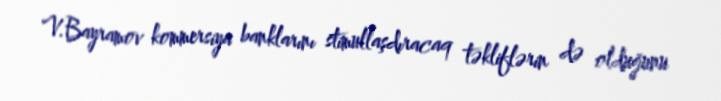
V.Bayramov kommersiya banklarını stimullaşdıracaq təkliflərin də olduğunu